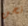
نحن